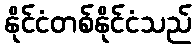
နိုင်ငံတစ်နိုင်ငံသည်